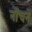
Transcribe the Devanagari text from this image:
नोंचने